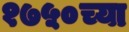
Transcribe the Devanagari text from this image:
१७५०च्या